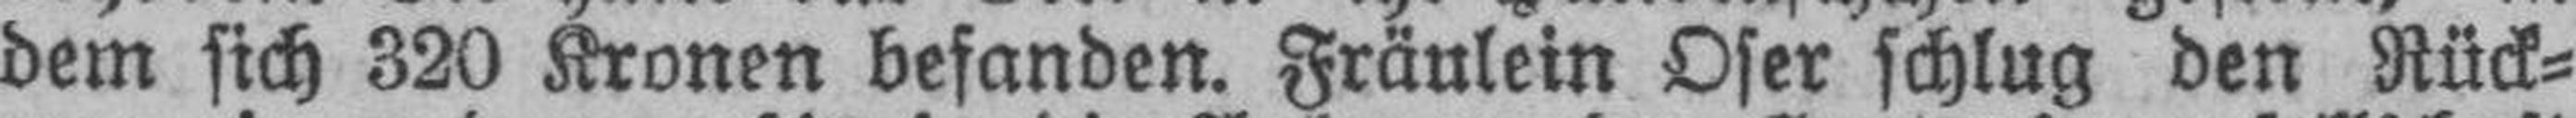
dem sich 320 Kronen befanden. Fräulein Oser schlug den Rück¬